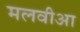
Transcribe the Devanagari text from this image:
मलवीआ